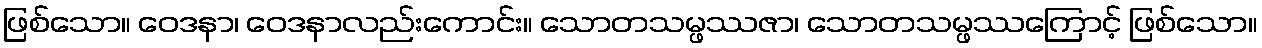
ဖြစ်သော။ ဝေဒနာ၊ ဝေဒနာလည်းကောင်း။ သောတသမ္ဖဿဇာ၊ သောတသမ္ဖဿကြောင့် ဖြစ်သော။